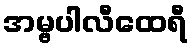
အမ္ဗပါလီထေရီ